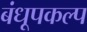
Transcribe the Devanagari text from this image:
बंधूपकल्प